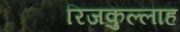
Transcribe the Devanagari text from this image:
रिजकुल्लाह